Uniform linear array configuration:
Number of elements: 32
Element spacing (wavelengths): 1
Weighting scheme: hann
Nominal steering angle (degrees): -15
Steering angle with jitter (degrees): -14.816
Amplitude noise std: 0.05
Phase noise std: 0.05

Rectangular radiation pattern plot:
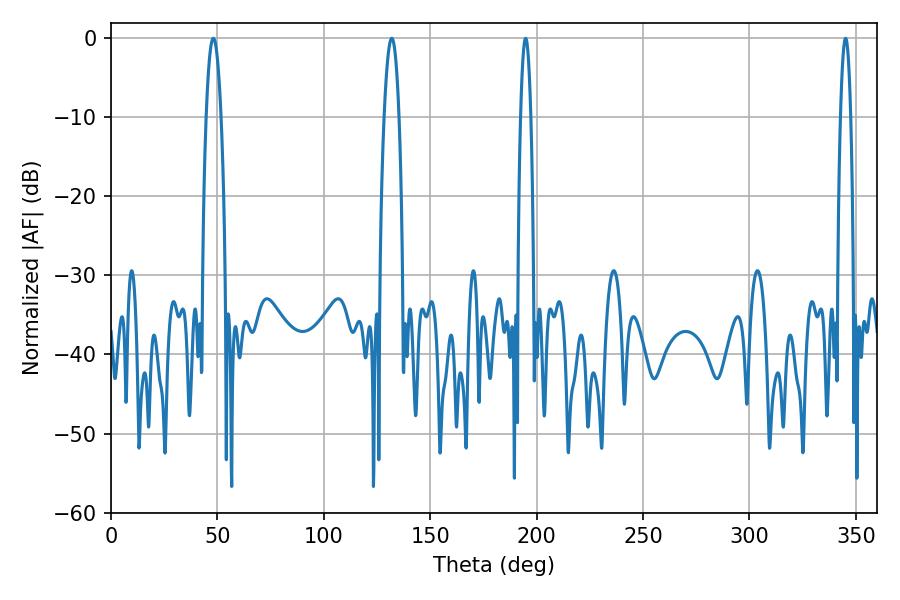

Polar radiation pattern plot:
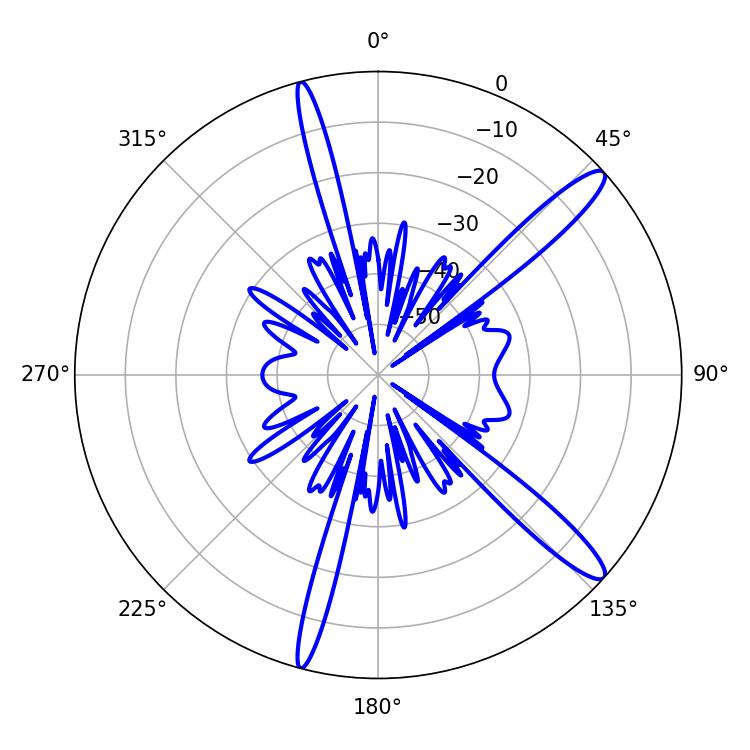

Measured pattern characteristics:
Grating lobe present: TRUE
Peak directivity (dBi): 13.816
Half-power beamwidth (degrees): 3.78
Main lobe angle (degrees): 48.06